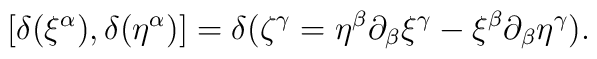
[\delta (\xi^{\alpha}),\delta (\eta^{\alpha})]=\delta (\zeta ^{\gamma}=\eta^{\beta} \partial_{\beta} \xi^{\gamma} -\xi ^{\beta} \partial_{\beta}\eta^{\gamma}).